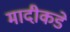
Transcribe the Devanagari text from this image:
मादीकडे